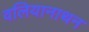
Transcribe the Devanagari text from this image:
वलियानाथन